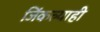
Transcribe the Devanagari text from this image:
जिंकल्याही